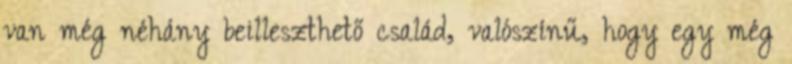
van még néhány beilleszthető család, valószínű, hogy egy még